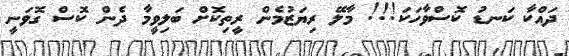
ދައްކާ ކަނޑު ކޮސްވާހަކަ!!! މާލޭ ރިޔަަޒުމެން ރީތިކޮށް ބަލިވީމާ ދެން ކޮސް ގޮވަނީ